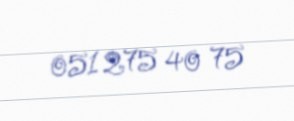
051 275 40 75